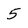
Character: 5